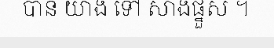
បាន យាង ទៅ សាងផ្នួស ។